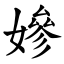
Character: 㜗